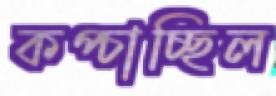
কপ্‌চাচ্ছিল